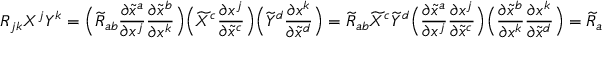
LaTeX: R _ { j k } X ^ { j } Y ^ { k } = { \Big ( } { \widetilde { R } } _ { a b } { \frac { \partial { \widetilde { x } } ^ { a } } { \partial x ^ { j } } } { \frac { \partial { \widetilde { x } } ^ { b } } { \partial x ^ { k } } } { \Big ) } { \Big ( } { \widetilde { X } } ^ { c } { \frac { \partial x ^ { j } } { \partial { \widetilde { x } } ^ { c } } } { \Big ) } { \Big ( } { \widetilde { Y } } ^ { d } { \frac { \partial x ^ { k } } { \partial { \widetilde { x } } ^ { d } } } { \Big ) } = { \widetilde { R } } _ { a b } { \widetilde { X } } ^ { c } { \widetilde { Y } } ^ { d } { \Big ( } { \frac { \partial { \widetilde { x } } ^ { a } } { \partial x ^ { j } } } { \frac { \partial x ^ { j } } { \partial { \widetilde { x } } ^ { c } } } { \Big ) } { \Big ( } { \frac { \partial { \widetilde { x } } ^ { b } } { \partial x ^ { k } } } { \frac { \partial x ^ { k } } { \partial { \widetilde { x } } ^ { d } } } { \Big ) } = { \widetilde { R } } _ { a b } { \widetilde { X } } ^ { c } { \widetilde { Y } } ^ { d } \delta _ { c } ^ { a } \delta _ { d } ^ { b } = { \widetilde { R } } _ { a b } { \widetilde { X } } ^ { a } { \widetilde { Y } } ^ { b } .